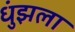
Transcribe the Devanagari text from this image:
धुंझला